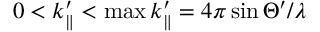
0 < k _ { \parallel } ^ { \prime } < \operatorname* { m a x } k _ { \parallel } ^ { \prime } = 4 \pi \sin \Theta ^ { \prime } / \lambda